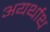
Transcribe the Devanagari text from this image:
अयर्थाथ